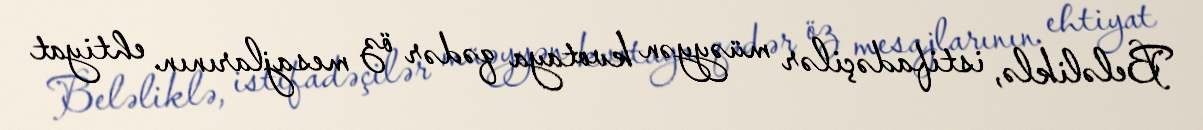
Beləliklə, istifadəçilər müəyyən kvotaya qədər öz mesajlarının ehtiyat